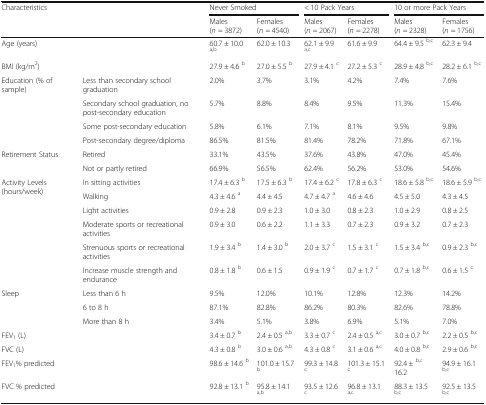
<table><thead><tr><td rowspan="2" colspan="2"><b>Characteristics</b></td><td colspan="2"><b>Never Smoked</b></td><td colspan="2"><b>&lt; 10 Pack Years</b></td><td colspan="2"><b>10 or more Pack Years</b></td></tr><tr><td><b>Males (<i>n</i> = 3872)</b></td><td><b>Females (<i>n</i> = 4540)</b></td><td><b>Males (<i>n</i> = 2067)</b></td><td><b>Females (<i>n</i> = 2278)</b></td><td><b>Males (<i>n</i> = 2328)</b></td><td><b>Females (<i>n</i> = 1756)</b></td></tr></thead><tbody><tr><td>Age (years)</td><td></td><td>60.7 ± 10.0 <sup>a,b</sup></td><td>62.0 ± 10.3</td><td>62.1 ± 9.9 <sup>a,c</sup></td><td>61.6 ± 9.9</td><td>64.4 ± 9.5 <sup>b,c</sup></td><td>62.3 ± 9.4</td></tr><tr><td>BMI (kg/m<sup>2</sup>)</td><td></td><td>27.9 ± 4.6 <sup>b</sup></td><td>27.0 ± 5.5 <sup>b</sup></td><td>27.9 ± 4.1 <sup>c</sup></td><td>27.2 ± 5.3 <sup>c</sup></td><td>28.9 ± 4.8 <sup>b,c</sup></td><td>28.2 ± 6.1 <sup>b,c</sup></td></tr><tr><td rowspan="4">Education (% of sample)</td><td>Less than secondary school graduation</td><td>2.0%</td><td>3.7%</td><td>3.1%</td><td>4.2%</td><td>7.4%</td><td>7.6%</td></tr><tr><td>Secondary school graduation, no post-secondary education</td><td>5.7%</td><td>8.8%</td><td>8.4%</td><td>9.5%</td><td>11.3%</td><td>15.4%</td></tr><tr><td>Some post-secondary education</td><td>5.8%</td><td>6.1%</td><td>7.1%</td><td>8.1%</td><td>9.5%</td><td>9.8%</td></tr><tr><td>Post-secondary degree/diploma</td><td>86.5%</td><td>81.5%</td><td>81.4%</td><td>78.2%</td><td>71.8%</td><td>67.1%</td></tr><tr><td rowspan="2">Retirement Status</td><td>Retired</td><td>33.1%</td><td>43.5%</td><td>37.6%</td><td>43.8%</td><td>47.0%</td><td>45.4%</td></tr><tr><td>Not or partly retired</td><td>66.9%</td><td>56.5%</td><td>62.4%</td><td>56.2%</td><td>53.0%</td><td>54.6%</td></tr><tr><td rowspan="6">Activity Levels (hours/week)</td><td>In sitting activities</td><td>17.4 ± 6.3 <sup>b</sup></td><td>17.5 ± 6.3 <sup>b</sup></td><td>17.4 ± 6.2 <sup>c</sup></td><td>17.8 ± 6.3 <sup>c</sup></td><td>18.6 ± 5.8 <sup>b,c</sup></td><td>18.6 ± 5.9 <sup>b,c</sup></td></tr><tr><td>Walking</td><td>4.3 ± 4.6 <sup>a</sup></td><td>4.4 ± 4.5</td><td>4.7 ± 4.7 <sup>a</sup></td><td>4.6 ± 4.6</td><td>4.5 ± 5.0</td><td>4.3 ± 4.5</td></tr><tr><td>Light activities</td><td>0.9 ± 2.8</td><td>0.9 ± 2.3</td><td>1.0 ± 3.0</td><td>0.8 ± 2.3</td><td>1.0 ± 2.9</td><td>0.8 ± 2.5</td></tr><tr><td>Moderate sports or recreational activities</td><td>0.9 ± 3.0</td><td>0.6 ± 2.2</td><td>1.1 ± 3.3</td><td>0.7 ± 2.3</td><td>0.9 ± 3.2</td><td>0.7 ± 2.3</td></tr><tr><td>Strenuous sports or recreational activities</td><td>1.9 ± 3.4 <sup>b</sup></td><td>1.4 ± 3.0 <sup>b</sup></td><td>2.0 ± 3.7 <sup>c</sup></td><td>1.5 ± 3.1 <sup>c</sup></td><td>1.5 ± 3.4 <sup>b,c</sup></td><td>0.9 ± 2.3 <sup>b,c</sup></td></tr><tr><td>Increase muscle strength and endurance</td><td>0.8 ± 1.8 <sup>b</sup></td><td>0.6 ± 1.5</td><td>0.9 ± 1.9 <sup>c</sup></td><td>0.7 ± 1.7 <sup>c</sup></td><td>0.7 ± 1.8 <sup>b,c</sup></td><td>0.6 ± 1.5 <sup>c</sup></td></tr><tr><td rowspan="3">Sleep</td><td>Less than 6 h</td><td>9.5%</td><td>12.0%</td><td>10.1%</td><td>12.8%</td><td>12.3%</td><td>14.2%</td></tr><tr><td>6 to 8 h</td><td>87.1%</td><td>82.8%</td><td>86.2%</td><td>80.3%</td><td>82.6%</td><td>78.8%</td></tr><tr><td>More than 8 h</td><td>3.4%</td><td>5.1%</td><td>3.8%</td><td>6.9%</td><td>5.1%</td><td>7.0%</td></tr><tr><td>FEV<sub>1</sub> (L)</td><td></td><td>3.4 ± 0.7 <sup>b</sup></td><td>2.4 ± 0.5 <sup>a,b</sup></td><td>3.3 ± 0.7 <sup>c</sup></td><td>2.4 ± 0.5 <sup>a,c</sup></td><td>3.0 ± 0.7 <sup>b,c</sup></td><td>2.2 ± 0.5 <sup>b,c</sup></td></tr><tr><td>FVC (L)</td><td></td><td>4.3 ± 0.8 <sup>b</sup></td><td>3.0 ± 0.6 <sup>a,b</sup></td><td>4.3 ± 0.8 <sup>c</sup></td><td>3.1 ± 0.6 <sup>a,c</sup></td><td>4.0 ± 0.8 <sup>b,c</sup></td><td>2.9 ± 0.6 <sup>b,c</sup></td></tr><tr><td>FEV<sub>1</sub>% predicted</td><td></td><td>98.6 ± 14.6 <sup>b</sup></td><td>101.0 ± 15.7 <sup>b</sup></td><td>99.3 ± 14.8 <sup>c</sup></td><td>101.3 ± 15.1 <sup>c</sup></td><td>92.4 ± <sup>b,c</sup> 16.2</td><td>94.9 ± 16.1 <sup>b,c</sup></td></tr><tr><td>FVC % predicted</td><td></td><td>92.8 ± 13.1 <sup>b</sup></td><td>95.8 ± 14.1 <sup>a,b</sup></td><td>93.5 ± 12.6 <sup>c</sup></td><td>96.8 ± 13.1 <sup>a,c</sup></td><td>88.3 ± 13.5 <sup>b,c</sup></td><td>92.5 ± 13.5 <sup>b,c</sup></td></tr></tbody></table>